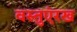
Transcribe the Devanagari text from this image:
वस्तुएंरख